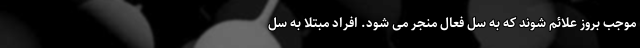
موجب بروز علائم شوند که به سل فعال منجر می شود. افراد مبتلا به سل